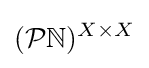
({\mathcal {P}}{\mathbb {N} })^{X\times X}